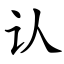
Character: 认